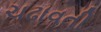
ચઢાવતી